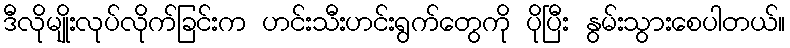
ဒီလိုမျိုးလုပ်လိုက်ခြင်းက ဟင်းသီးဟင်းရွက်တွေကို ပိုပြီး နွမ်းသွားစေပါတယ်။